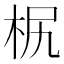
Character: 𣐊